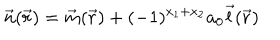
LaTeX: { \vec { n } } ( { \vec { r } } ) = { \vec { m } } ( { \vec { r } } ) + ( - 1 ) ^ { x _ { 1 } + x _ { 2 } } a _ { 0 } { \vec { l } } ( { \vec { r } } )